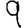
Digit: 9